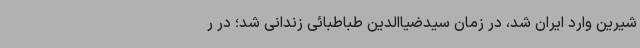
شیرین وارد ایران شد، در زمان سیدضیاالدین طباطبائی زندانی شد؛ در ر